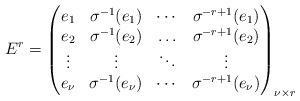
LaTeX: \begin{align*}E^r=\begin{pmatrix} e_1 & \sigma^{-1}(e_1) & \cdots & \sigma^{-r+1}(e_1) \\e_2 & \sigma^{-1}(e_2) & \ldots & \sigma^{-r+1}(e_2) \\\vdots & \vdots & \ddots & \vdots \\e_\nu & \sigma^{-1}(e_\nu) & \cdots & \sigma^{-r+1}(e_\nu)\end{pmatrix}_{\nu \times r}\end{align*}